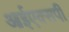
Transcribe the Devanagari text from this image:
आईएक्सपी